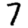
Digit: 7